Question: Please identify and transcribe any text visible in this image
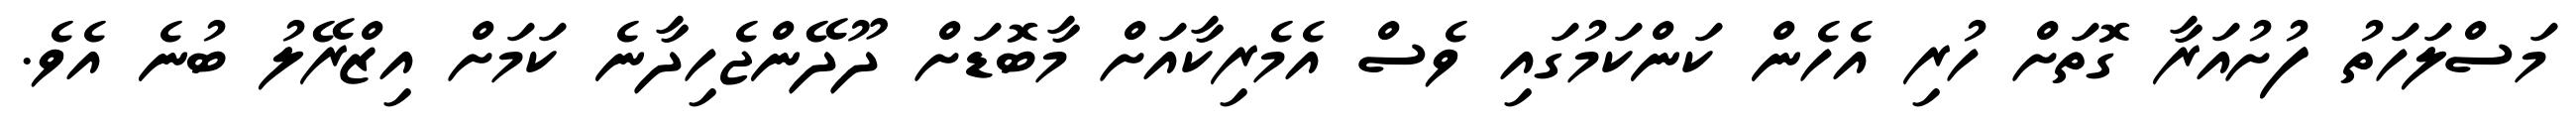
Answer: މަސްލަހަތު ފުށުއަރާ ގޮތަށް ހުރި އެހެން ކަންކަމުގައި ވެސް އެމެރިކާއަށް މާބޮޑަށް ދޫދޭންޖެހިދާނެ ކަމަށް އިޒްރޭލު ބުނެ އެވެ.